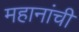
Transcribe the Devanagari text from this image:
महानांची